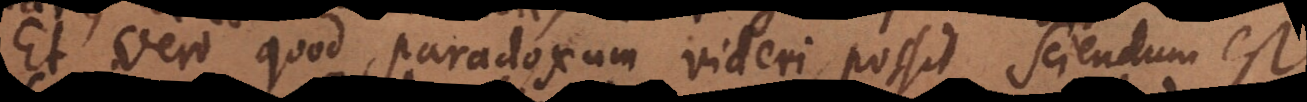
Et vero quod paradoxum videri possit, sciendum est